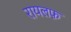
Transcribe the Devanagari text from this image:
रायलफ़